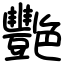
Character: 艷